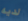
لديه